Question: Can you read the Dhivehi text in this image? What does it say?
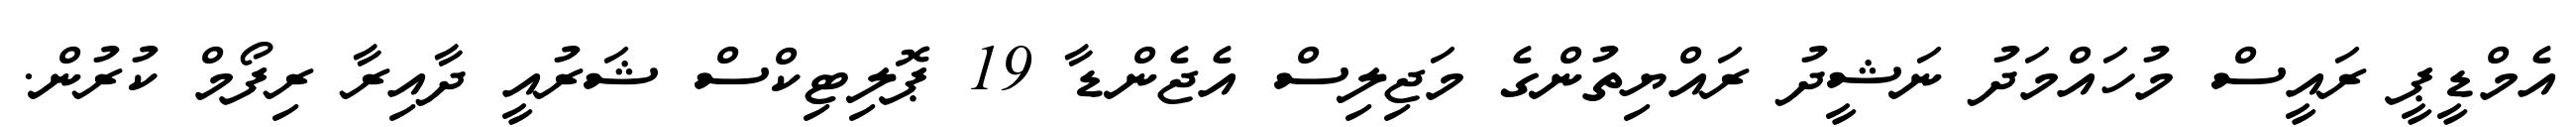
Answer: އެމްޑީޕީ ރައީސް މުހައްމަދު ނަޝީދު ރައްޔިތުންގެ މަޖިލިސް އެޖެންޑާ 19 ޕޮލިޓިކްސް ޝަރުއީ ދާއިރާ ރިފޯމް ކުރުން.